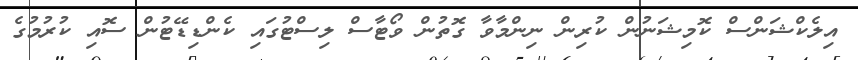
އިލެކްޝަންސް ކޮމިޝަނުން ކުރިން ނިންމާވާ ގޮތުން ވޯޓާސް ލިސްޓުގައި ކެންޑިޑޭޓުން ސޮއި ކުރުމުގެ